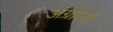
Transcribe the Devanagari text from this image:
अंग्रोजी